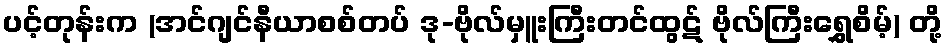
ပင့်တုန်းက (အင်ဂျင်နီယာစစ်တပ် ဒု-ဗိုလ်မှူးကြီးတင်ထွဋ် ဗိုလ်ကြီးရွှေစိမ့်) တို့